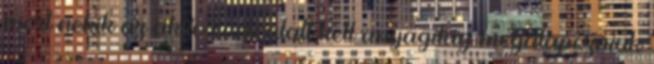
mert nekik az aktív évek alatt kell anyagilag megalapozniuk